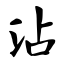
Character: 沾